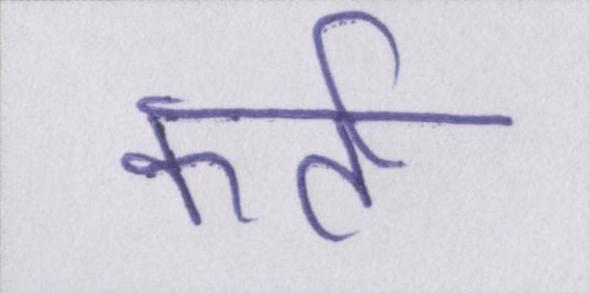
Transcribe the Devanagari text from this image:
कर्ता